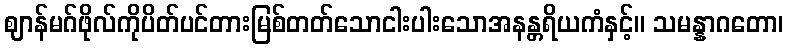
ဈာန်မဂ်ဖိုလ်ကိုပိတ်ပင်တားမြစ်တတ်သောငါးပါးသောအနန္တရိယကံနှင့်။ သမန္နာဂတော၊